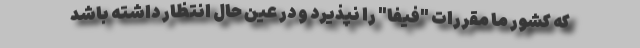
که کشور ما مقررات "فیفا" را نپذیرد و در عین حال انتظار داشته باشد